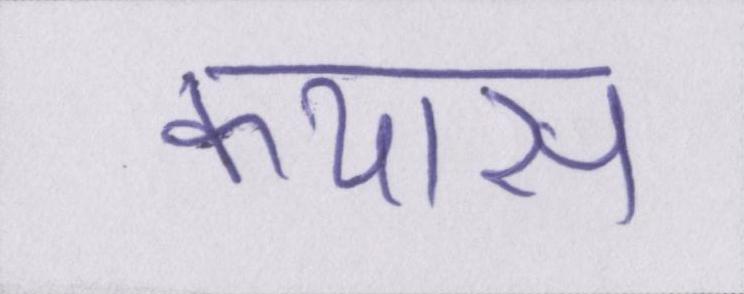
कयास